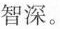
智深。